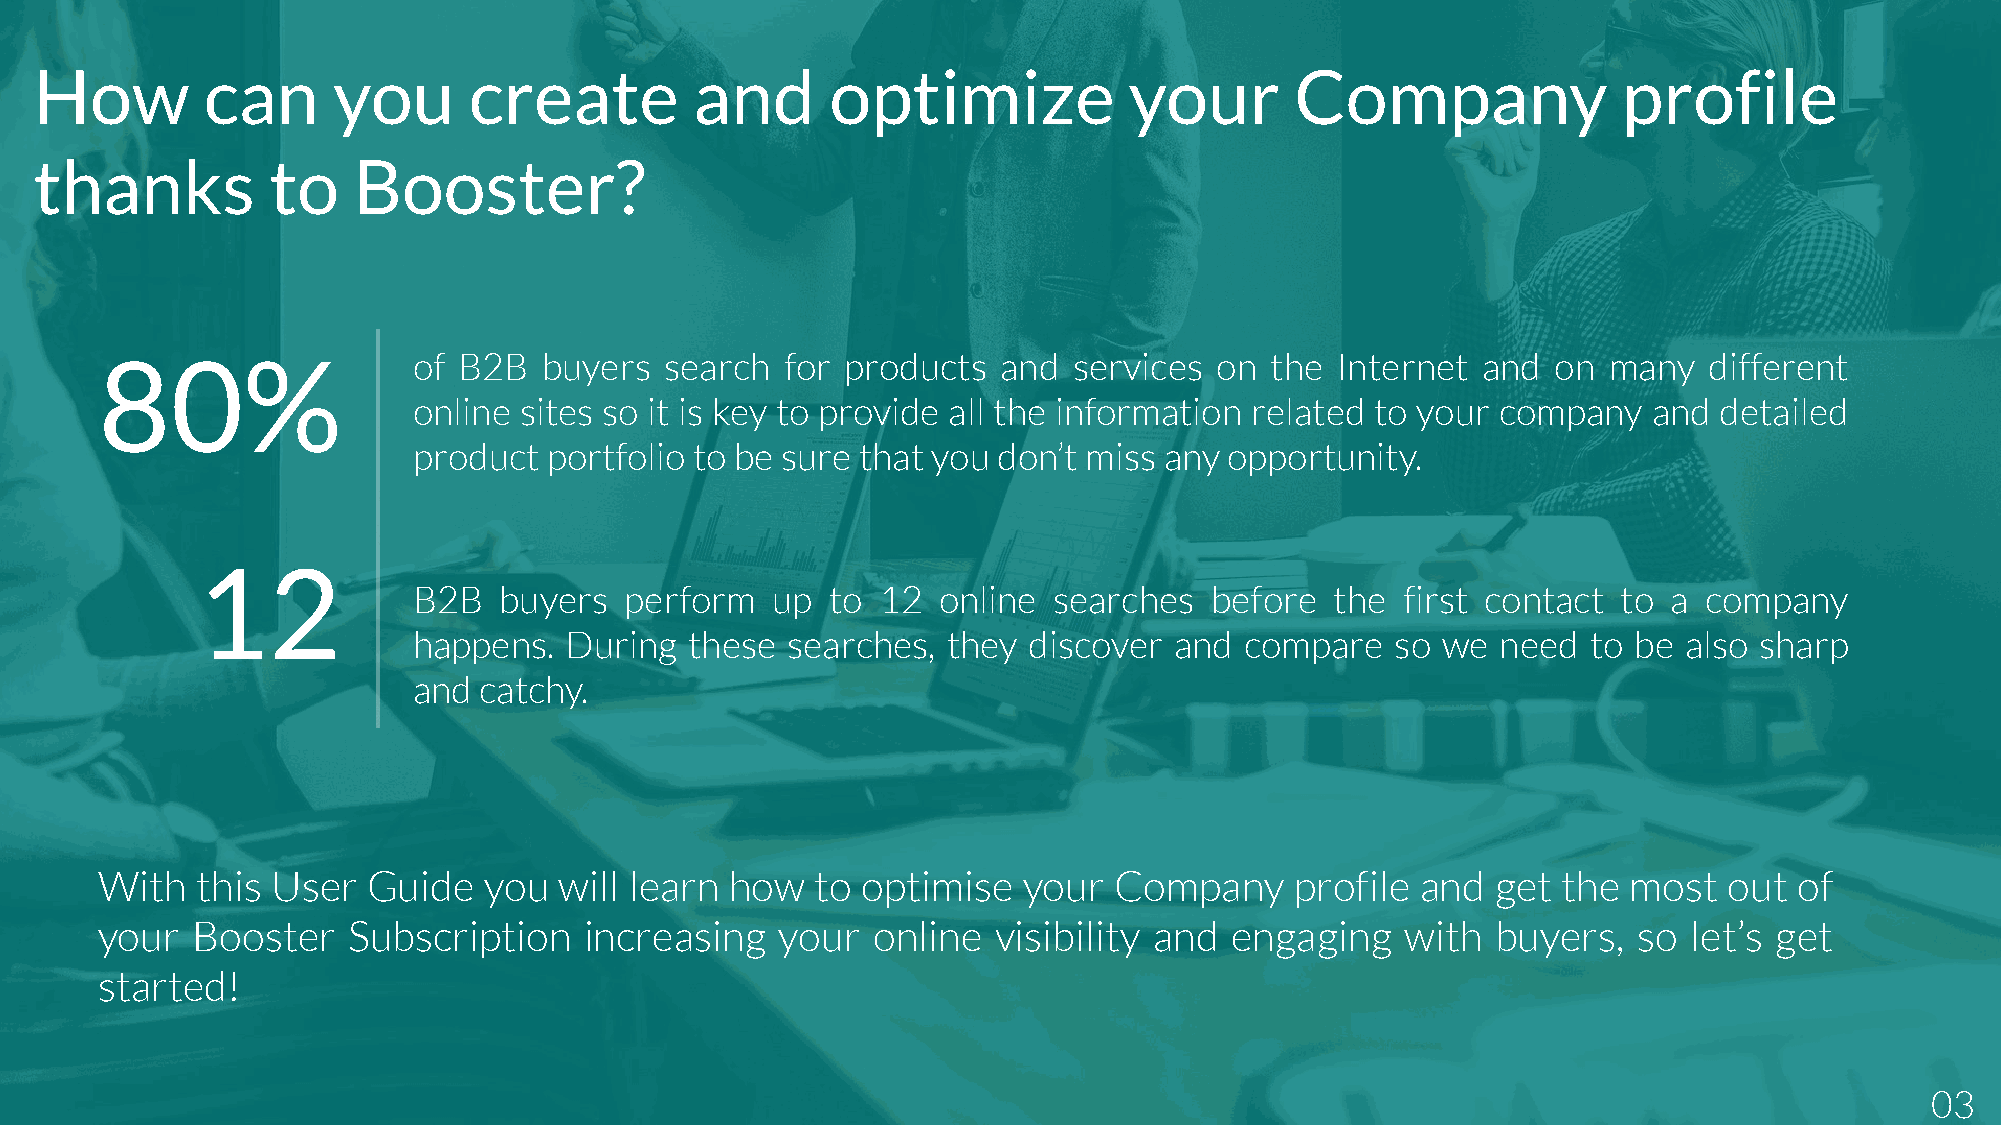
How        can      you      create         and      optimize            your       Company              profile
 thanks          to   Booster?
 80%                  of B2B   buyers  search  for products  and  services on  the Internet  and  on many   different
 online sites so it is key to provide all the information related to your company  and  detailed
 product  portfolio to be sure that you don’t miss any opportunity.
 12
 B2B   buyers  perform   up  to 12  online  searches  before  the  first contact to  a company
 happens.  During   these searches,  they discover  and compare   so we  need  to be also sharp
 and  catchy.
 With   this User  Guide   you  will learn how   to optimise   your  Company     profile and  get the  most  out  of
 your   Booster   Subscription    increasing   your  online  visibility and engaging    with  buyers,  so  let’s get
 started!
 03